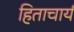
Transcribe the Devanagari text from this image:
हिताचार्य